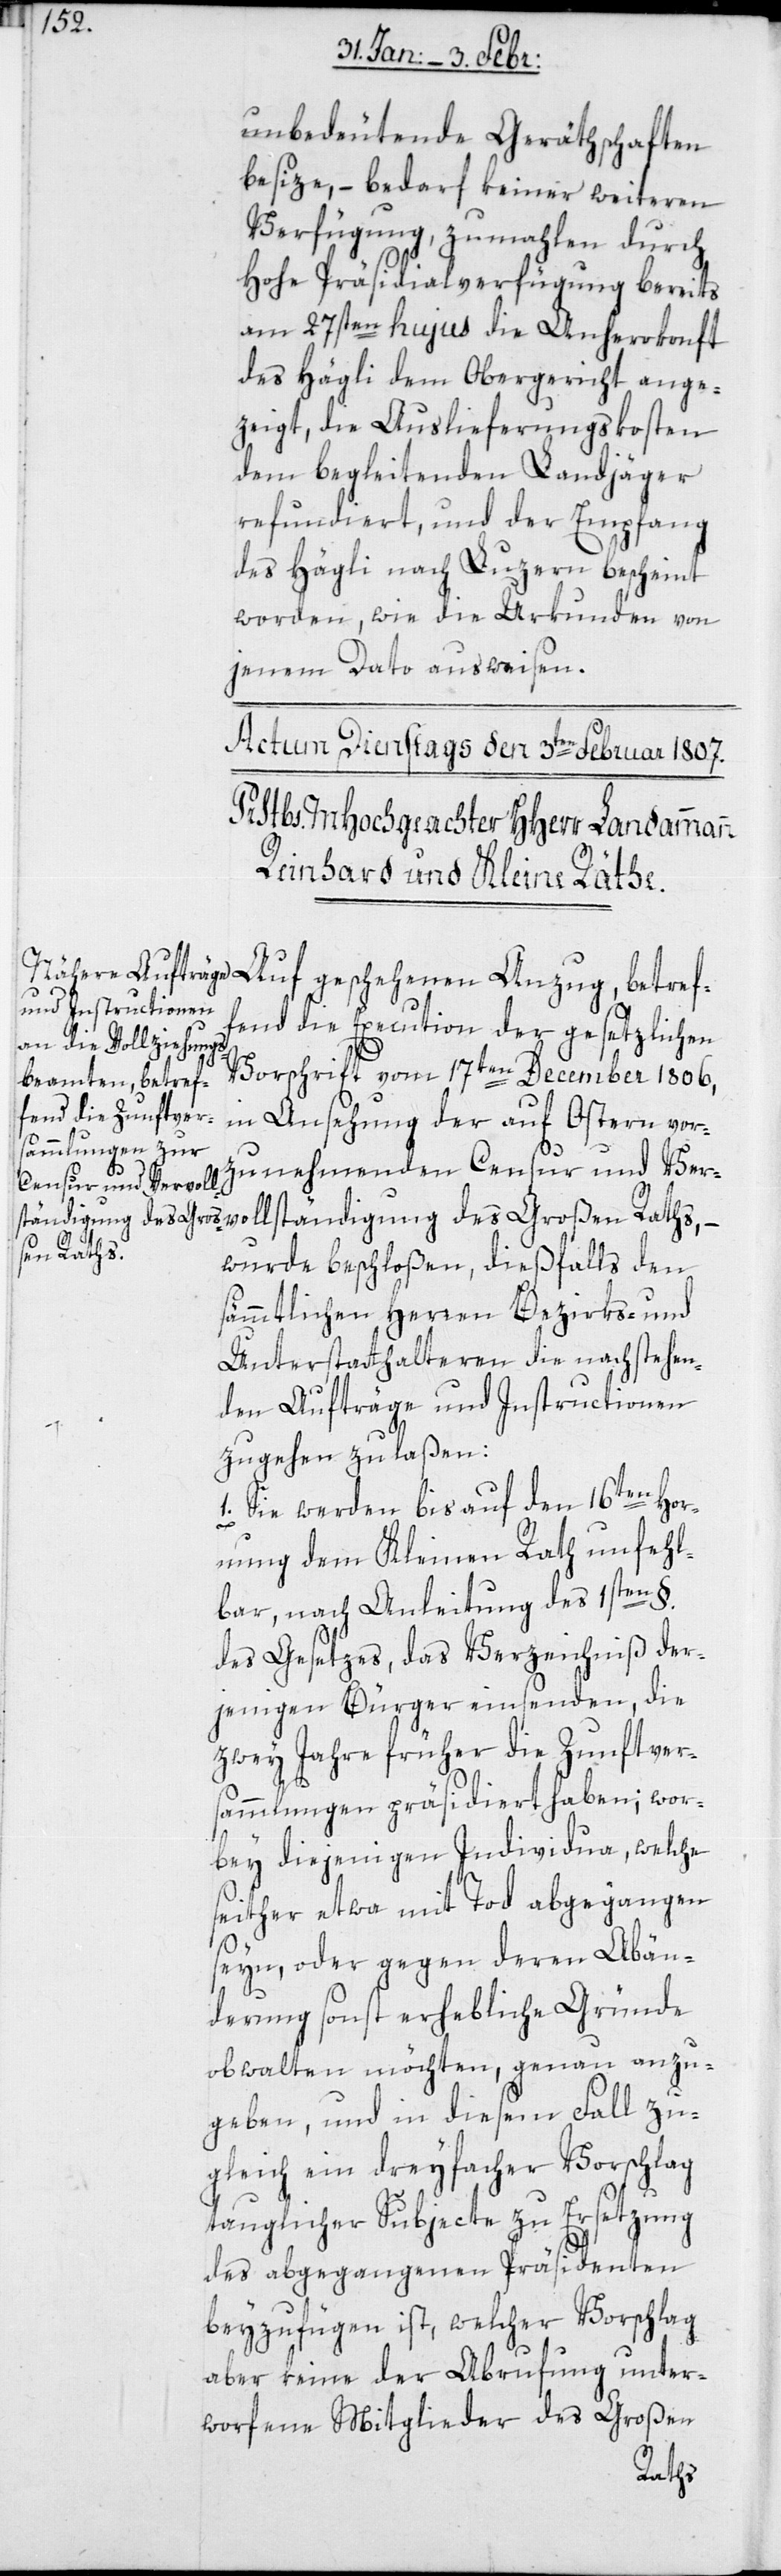
unbedeutende Geräthschaften
besitze, – bedarf keiner weiteren
Verfügung, zumahlen durch
hohe Präsidialverfügung bereits
am 27sten hujus die Anherokonft
des Hägli dem Obergericht ange¬
zeigt, die Auslieferungskosten
dem begleitenden Landjäger
refundiert, und der Empfang
des Hägli nach Luzern bescheint
worden, wie die Urkunden von
jenem Dato ausweisen.
fend die Execution der gesetzlichen
Vorschrift vom 17ten December 1806,
Anzug, betref¬
in Ansehung der auf Ostern vor¬
zunehmenden Censur und Ver¬
vollständigung des Großen Raths,
wurde beschloßen, diesfalls den
sämtlichen Herren Bezirks- und
Unterstatthalteren die nachstehen¬
den Aufträge und Instructionen
zugehen zu laßen:
1. Sie werden bis auf den 16ten Hor¬
nung dem Kleinen Rath unfehl¬
bar, nach Anleitung des 1sten §.
des Gesetzes, das Verzeichniß der¬
jenigen Bürger einsenden, die
zwey Jahre früher die Zunftvers¬
ammlung präsidiert haben; wor¬
bey diejenigen Individua, welche
seither etwa mit Tod abgegangen
seyn, oder gegen deren Abän¬
derung sonst erhebliche Gründe
obwalten möchten, genau anzu¬
geben, und in diesem Fall zu¬
gleich ein dreyfacher Vorschlag
tauglicher Subjecte zu Ersetzung
des abgegangenen Präsidenten
beyzufügen ist, welcher Vorschlag
aber keine der Abrufung unter¬
worfene Mitglieder des Großen